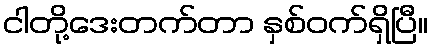
ငါတို့ဒေးတက်တာ နှစ်ဝက်ရှိပြီ။